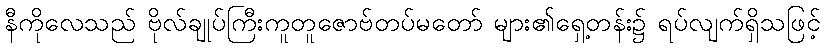
နီကိုလေသည် ဗိုလ်ချုပ်ကြီးကူတူဇောဗ်တပ်မတော် များ၏ရှေ့တန်း၌ ရပ်လျက်ရှိသဖြင့်